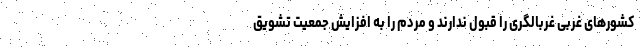
کشور‌های غربی غربالگری را قبول ندارند و مردم را به افزایش جمعیت تشویق